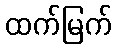
ထက်မြက်